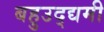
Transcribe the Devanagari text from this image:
बहुउद्द्यमी